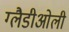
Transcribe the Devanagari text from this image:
ग्‍लैडीओली